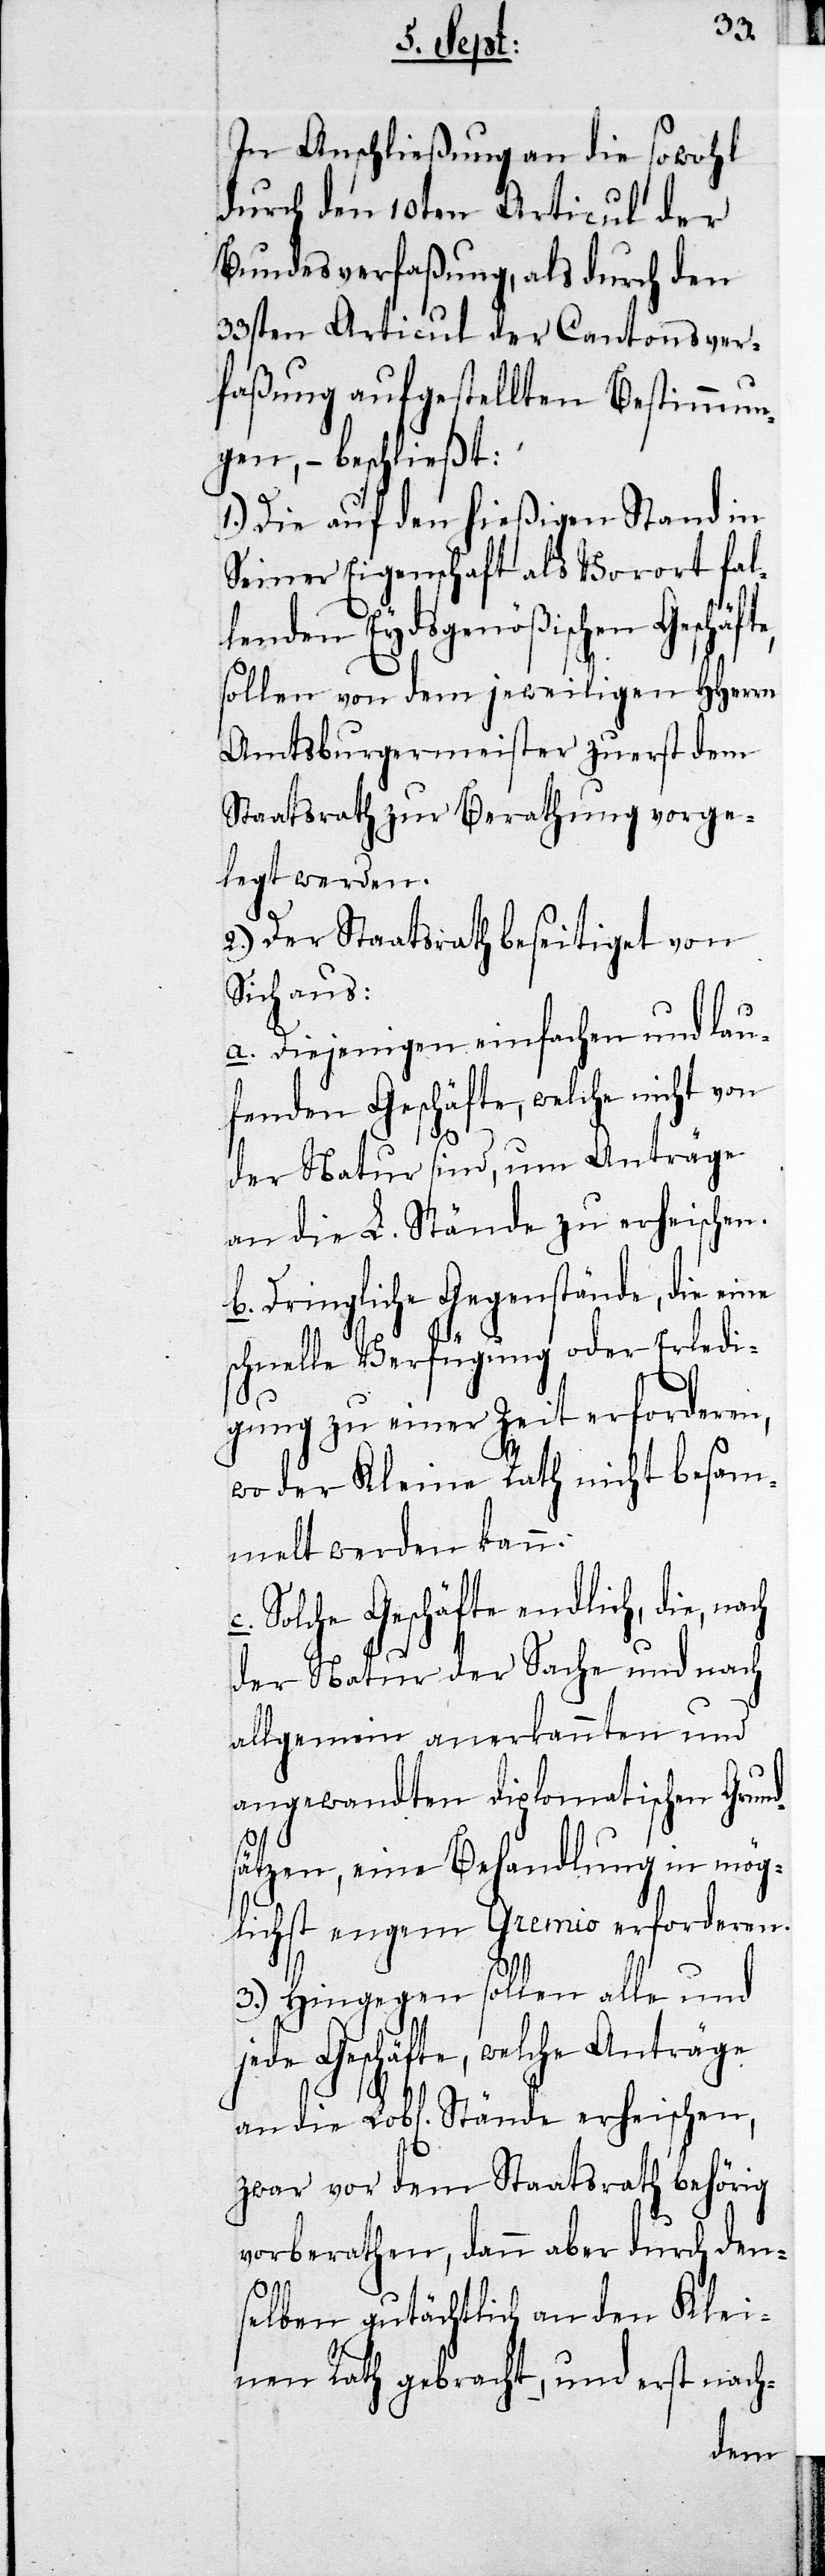
In Anschließung an die sowohl
durch den 10ten Articul der
Bundesverfaßung, als durch den
33sten Articul der Cantonsver¬
faßung aufgestellten Bestimmun¬
gen, – beschließt:
1.) Die auf den hießigen Stand in
Seiner Eigenschaft als Vorort fal¬
lenden Eydsgenößischen Geschäft¬
sollen von dem jeweiligen HHerrn
Amtsburgermeister erst dem
Staatsrath zur Berathung vorge¬
legt werden.
2.) Der Staatrath beseitiget von
sich aus:
a. Diejenigen einfachen und lau¬
fenden Geschäfte, welche nicht von
der Natur sind, um Anträge
an die L. Stände zu erheischen.
b. Dringliche Gegenstände, die eine
schnelle Verfügung oder Erledi¬
gung zu einer Zeit erforderen,
wo der Kleine Rath nicht besam¬
melt werden kann.
c. Solche Geschäfte endlich, die, nach
der Natur der Sache und nach
allgemein anerkannten und
angewandten diplomatischen Grund¬
sätzen, eine Behandlung in mög¬
lichst engem Gremio erforderen.
3.) Hingegen sollen alle und
jede Geschäfte, welche Anträge
an die Lobl. Stände erheischen,
zwar vor dem Staatsrath behörig
vorberathen, dann aber durch den¬
selben gutächtlich an den Klei¬
nen Rath gebracht und erst nach-
e,